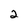
Character: 2